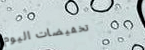
تخفيضات اليوم